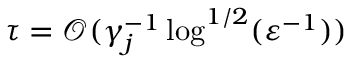
\tau = \mathcal { O } ( \gamma _ { j } ^ { - 1 } \log ^ { 1 / 2 } ( \varepsilon ^ { - 1 } ) )